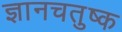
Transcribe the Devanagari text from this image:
ज्ञानचतुष्क